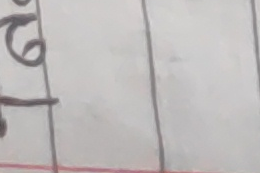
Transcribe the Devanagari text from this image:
७